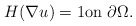
\begin{align*}H(\nabla u)=1 \hbox{on $\partial \Omega$.}\end{align*}